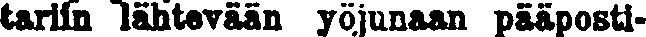
tariin lähtevään yöjunaan pääposti-